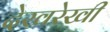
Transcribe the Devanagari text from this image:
देखरेखी